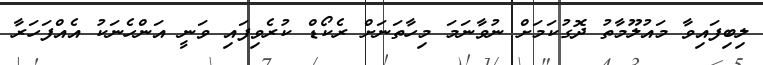
ލިބިފައިވާ މައުލޫމާތު ދޮގުކަމަށް ނުވާނަމަ މިހާތަނަށް ރެކޯޑް ކުރެވިފައި ވަނީ އަންހެނަކު އެއްފަހަރާ